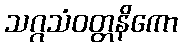
သဂ္ဂသံဝတ္တနိကော